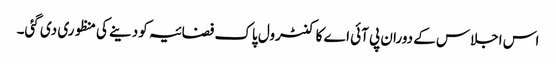
اس اجلاس کے دوران پی آئی اے کا کنٹرول پاک فضائیہ کو دینے کی منظوری دی گئی۔